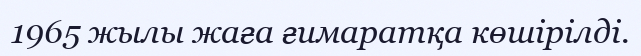
1965 жылы жаға ғимаратқа көшірілді.